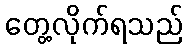
တွေ့လိုက်ရသည်